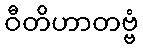
ဝီတိဟာတဗ္ဗံ